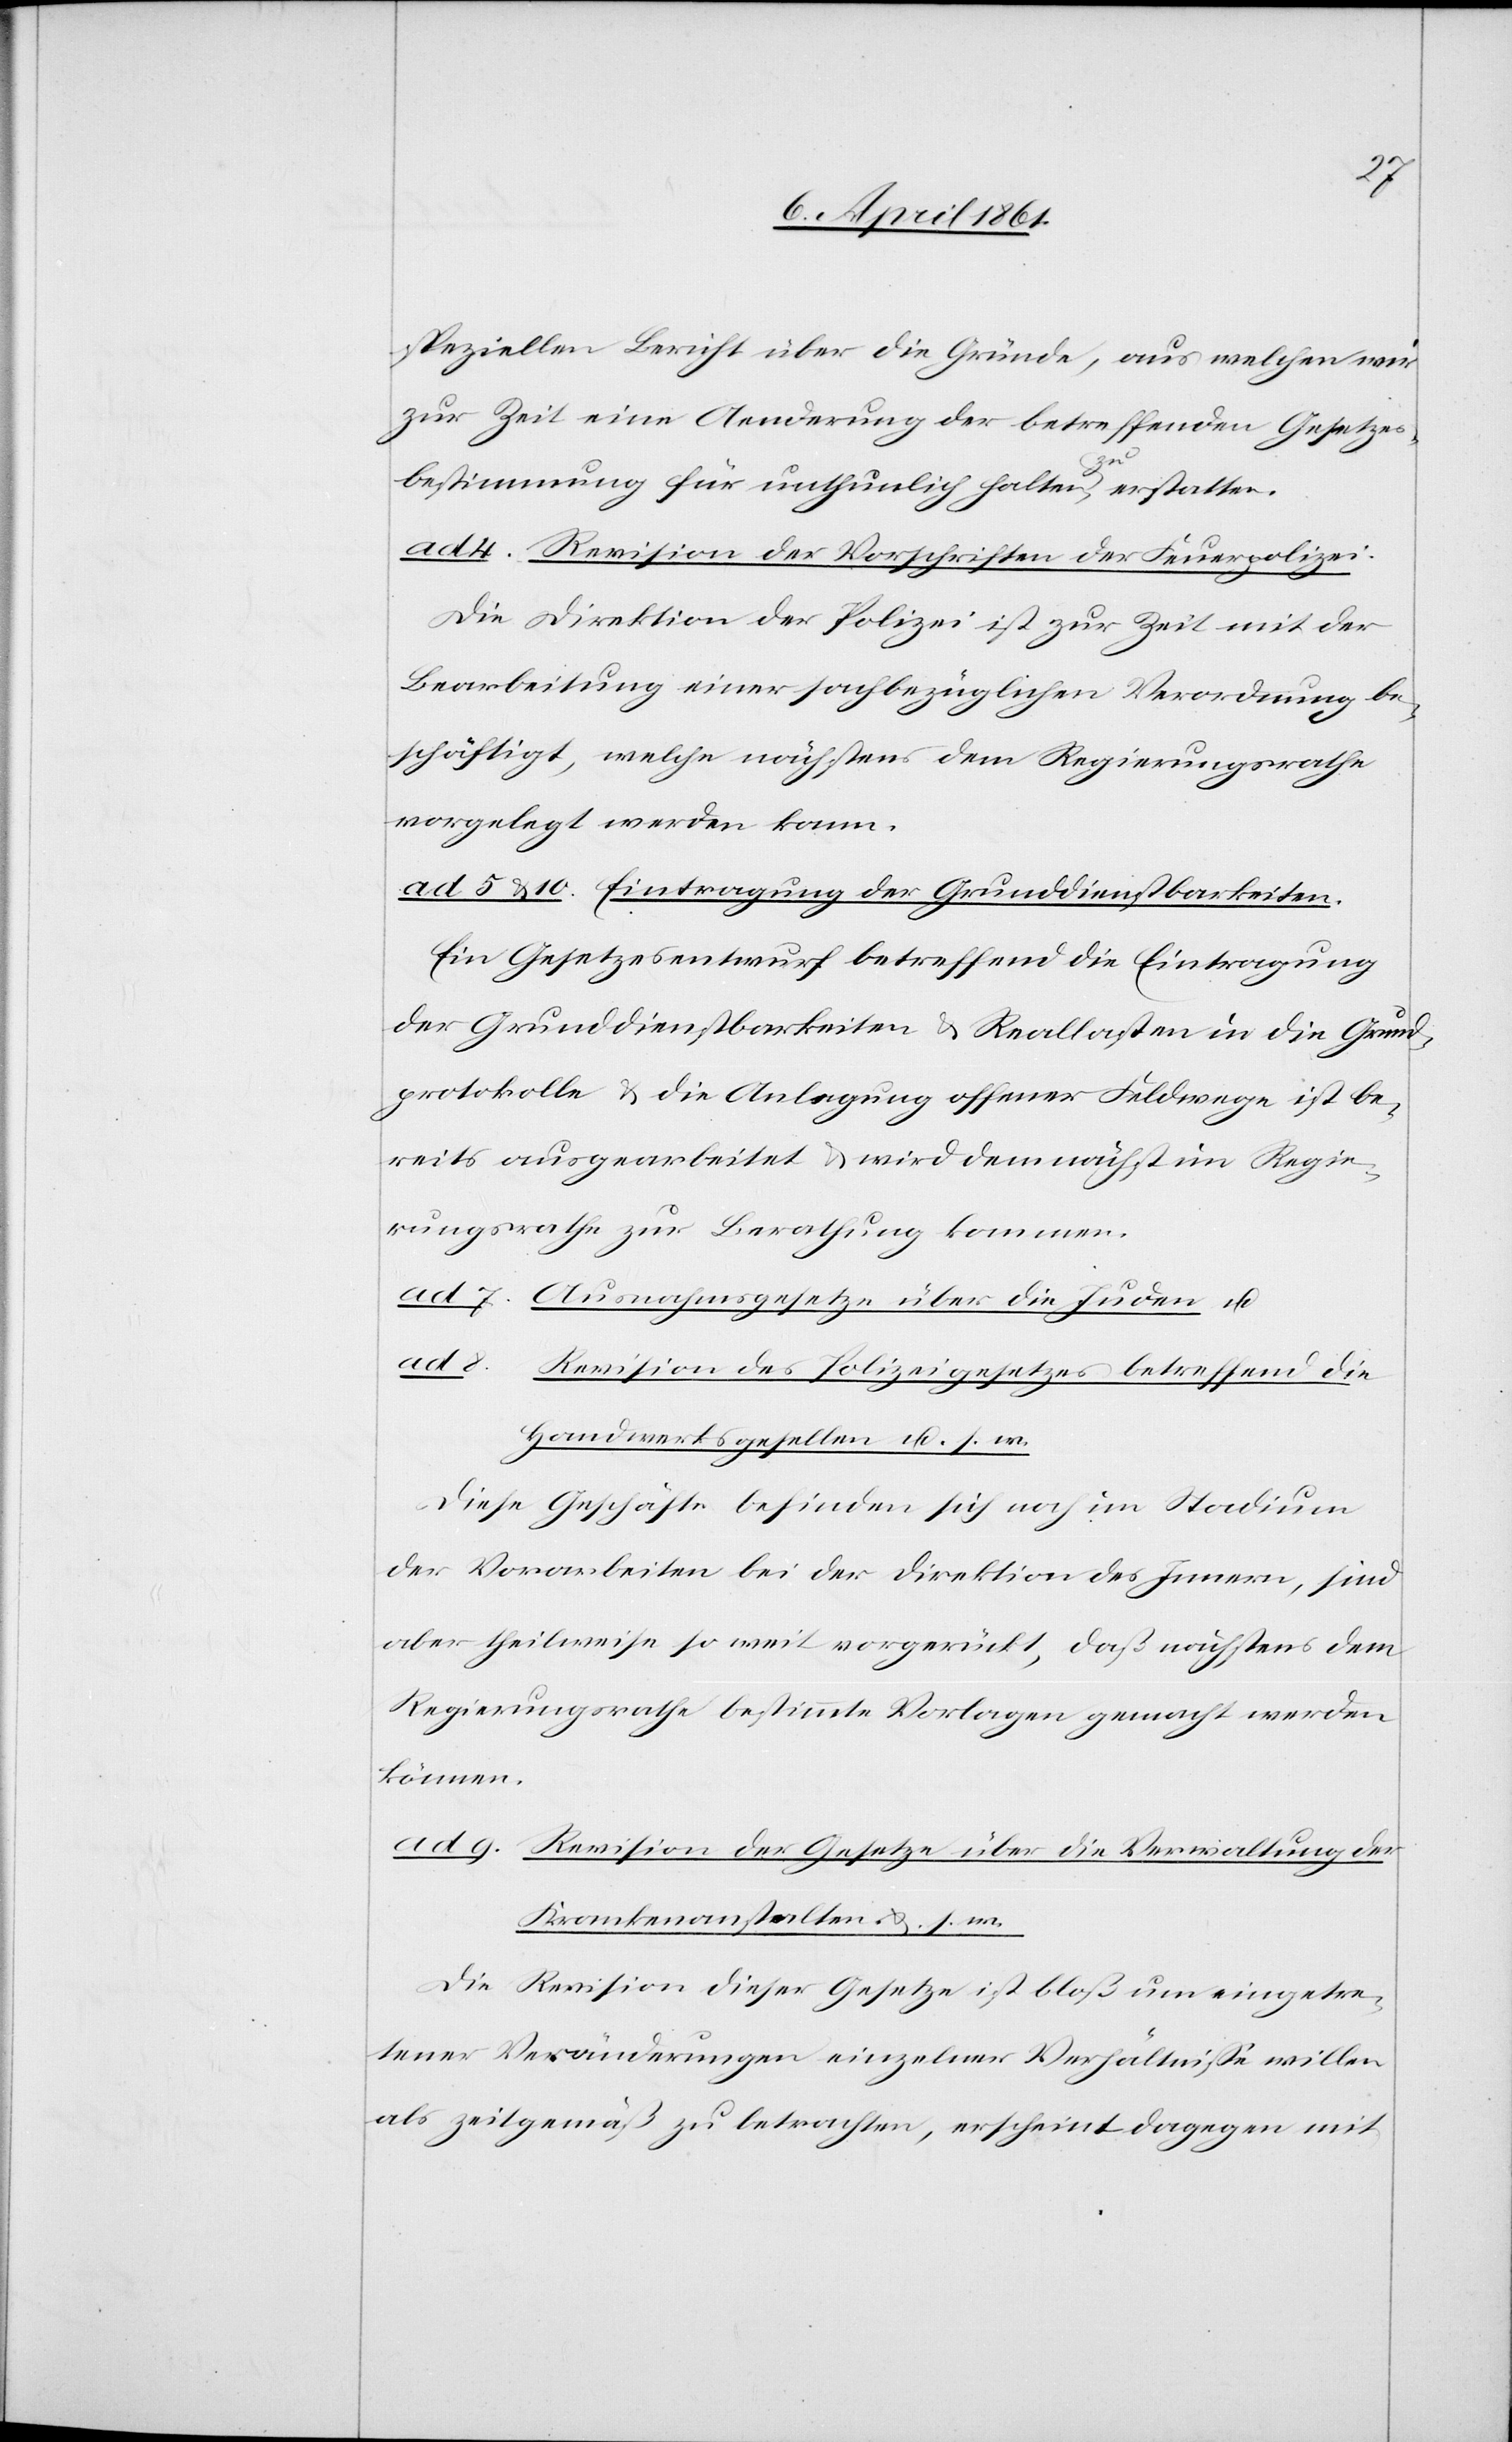
speziellen Bericht über die Gründe, aus welchen wir
zur Zeit eine Aenderung der betreffenden Gesetzes¬
bestimmung für unthunlich halten zu erstatten.
ad 4. Revision der Vorschriften der Feuerpolizei:
Die Direktion der Polizei ist zur Zeit mit der
Bearbeitung einer sachbezüglichen Verordnung be¬
schäftigt, welche nächstens dem Regierungsrathe
vorgelegt werden kann.
ad 5 u. 10. Eintragung der Grunddienstbarkeiten.
Ein Gesetzesentwurf betreffend die Eintragung
der Grunddienstbarkeiten u. Reallasten in die Grund¬
protokolle u. die Anlegung offener Feldwege ist be¬
reits ausgearbeitet u. wird demnächst im Regie¬
rungsrathe zur Berathung kommen.
ad 7. Ausnahmsgesetze über die Juden u.
ad 8. Revision des Polizeigesetzes betreffend die
Handwerksgesellen u. s. w.
Diese Geschäfte befinden sich noch im Stadium
der Vorarbeiten bei der Direktion des Innern, sind
aber theilweise so weit vorgerückt, daß nächstens dem
Regierungsrathe bestimmte Vorlagen gemacht werden
können.
ad. 9. Revision der Gesetze über die Verwaltung der
Krankenanstalten u. s. w.
Die Revision dieser Gesetze ist bloß um eingetre¬
tener Veränderungen einzelner Verhältnisse willen
als zeitgemäß zu betrachten, erscheint dagegen mit